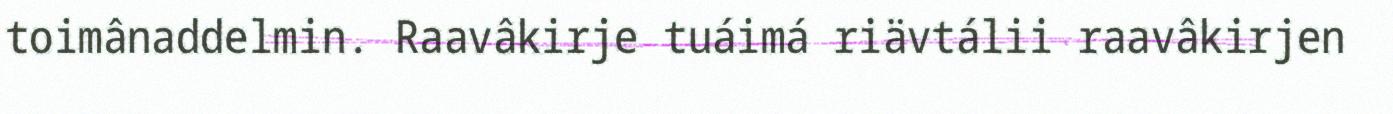
toimânaddelmin. Raavâkirje tuáimá riävtálii raavâkirjen